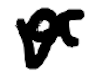
Text: a
Cross-out: wave
Writing tool: digital_black